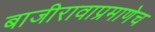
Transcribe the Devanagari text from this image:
बाजीरावाप्रमाणेच